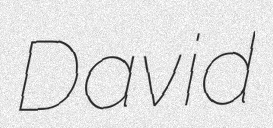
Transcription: David